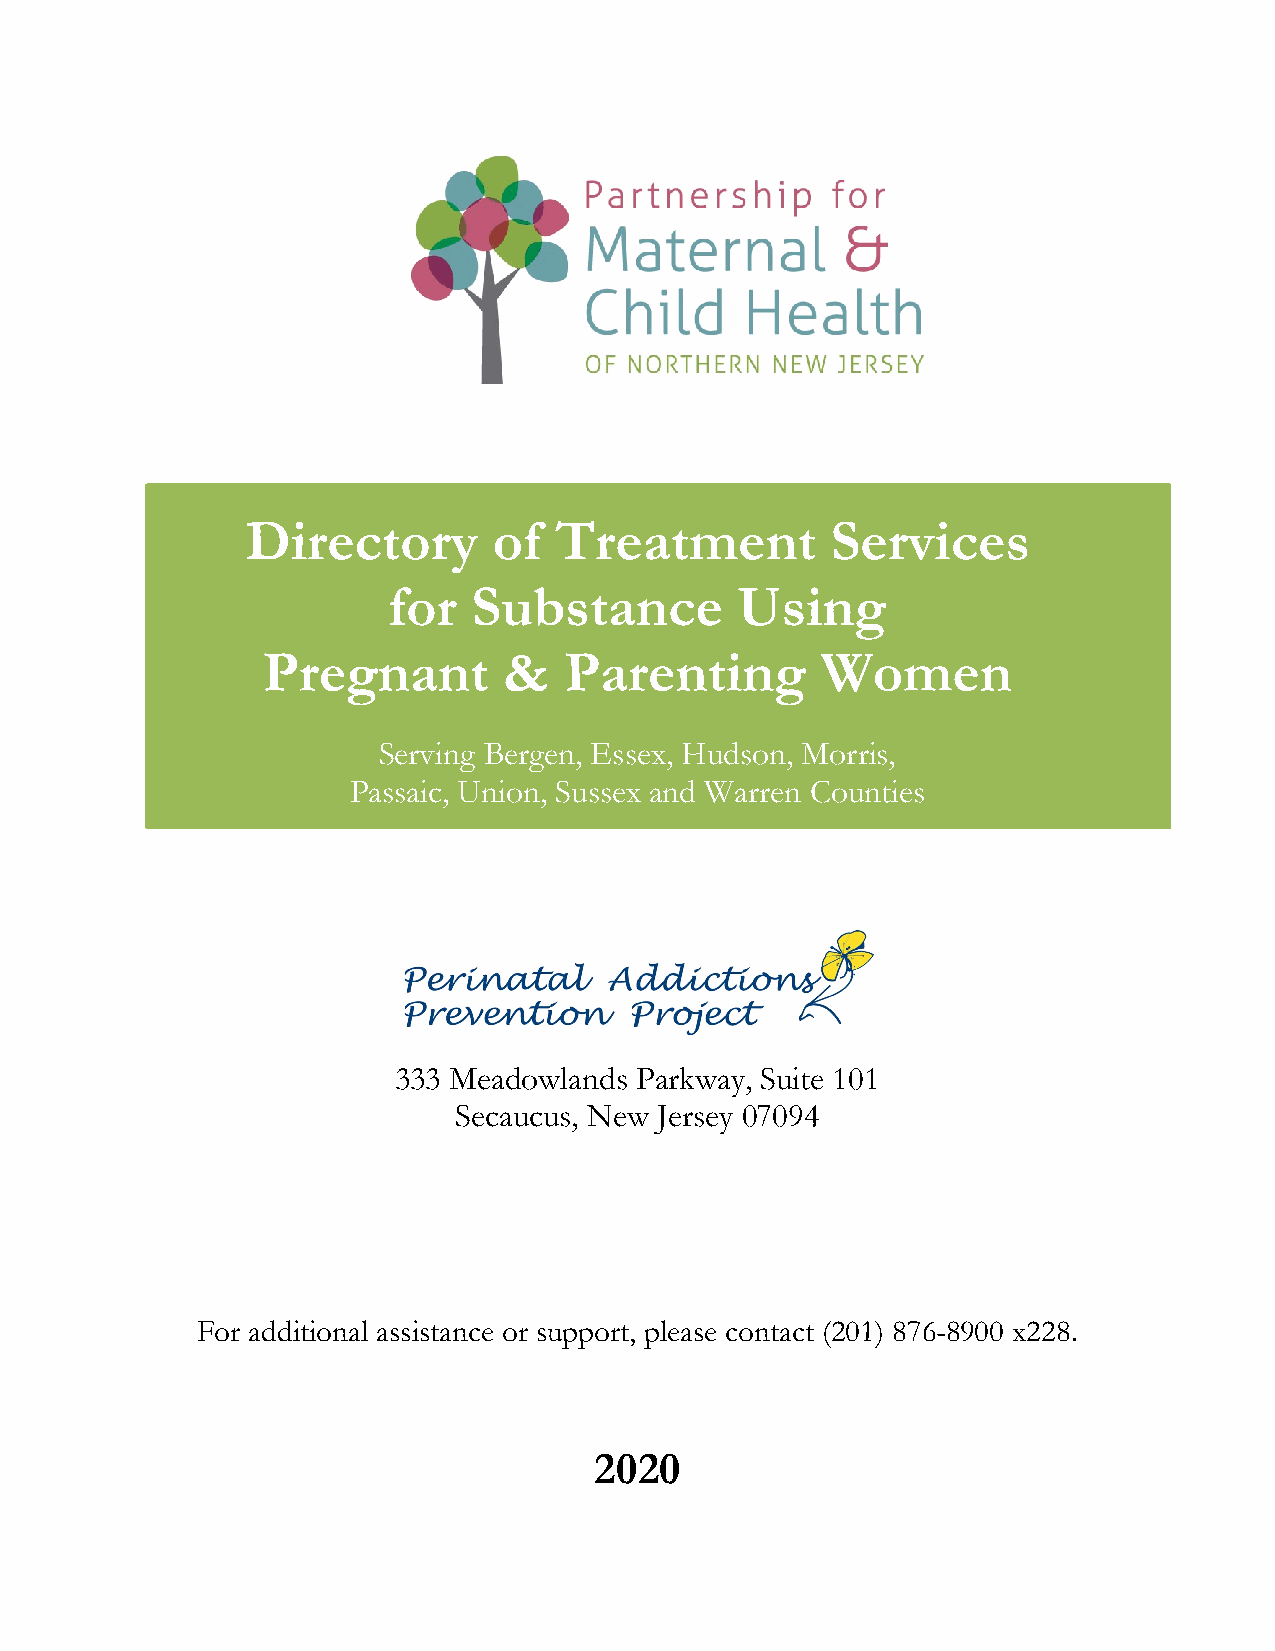
Directory        of  Treatment         Services
 for  Substance         Using
 Pregnant        &   Parenting        Women
 Serving Bergen, Essex, Hudson, Morris,
 Passaic, Union, Sussex and Warren Counties
 333 Meadowlands Parkway, Suite 101
 Secaucus, New Jersey 07094
 For additional assistance or support, please contact (201) 876-8900 x228.
 2020